Civil Veterinary Department Bengal reports 1923-33 - 1923-1933
Year: 1923
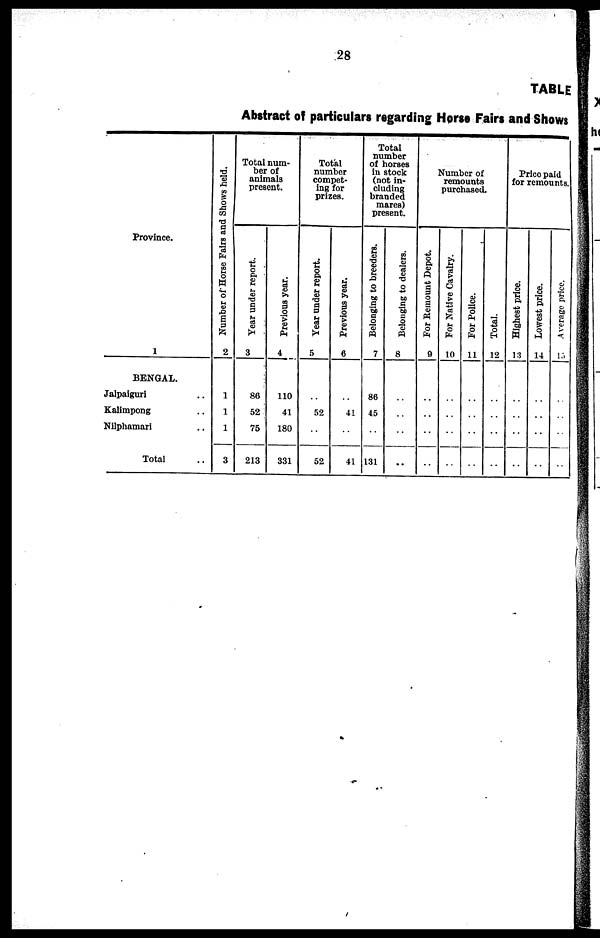
28
TABLE
Abstract of particulars regarding Horse Fairs and Shows
Province.
1
BENGAL.
Jalpaiguri ..
Kalimpong ..
Nilphamari ..
Total ..
Number of Horse Fairs and Shows held.
2
1
1
1
3
Total num-
ber of
animals
present.
Year under report.
3
86
52
75
213
Previous year.
4
110HO
41
180
331
Total
number
compet-
ing for
prizes.
Year under report.
5
..
52
..
52
Previous year.
6
..
41
..
41
Total
number
of horses
in stock
(not in-
cluding
branded
mares)
present.
Belonging to breeders.
7
86
45
..
131
Belonging to dealers.
8
..
..
..
..
Number of
remounts
purchased.
For Remount Depot.
9
..
..
..
..
For Native Cavalry.
10
..
..
..
..
For Police.
11
..
..
..
..
Total.
12
..
..
..
..
Price paid
for remounts.
Highest price.
13
..
..
..
..
Lowest price.
14
..
..
..
..
Average price.
15
..
..
..
..